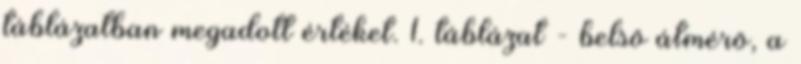
táblázatban megadott értéket. 1. táblázat - belsõ átmérõ, a